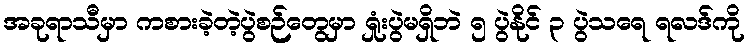
အခုရာသီမှာ ကစားခဲ့တဲ့ပွဲစဉ်တွေမှာ ရှုံးပွဲမရှိဘဲ ၅ ပွဲနိုင် ၃ ပွဲသရေ ရလဒ်ကို